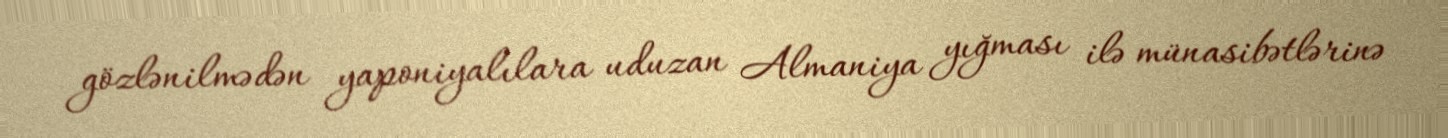
gözlənilmədən yaponiyalılara uduzan Almaniya yığması ilə münasibətlərinə